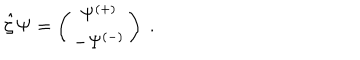
LaTeX: \hat { \zeta } { \bf \Psi } = \left( \begin{array} { c } { { \Psi ^ { ( + ) } } } \\ { { - \Psi ^ { ( - ) } } } \\ \end{array} \right) \; .